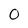
Character: 0